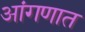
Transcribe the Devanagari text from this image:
आंगणात